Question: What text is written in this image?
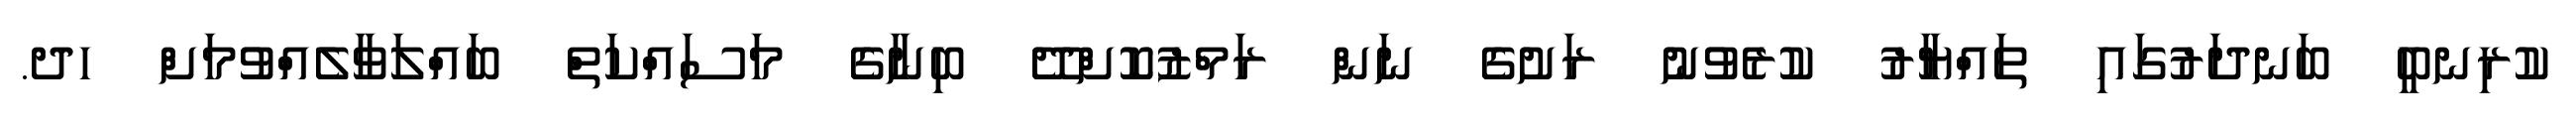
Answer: ކުރިނބީ ބަނދަރުގައި ތައްޔާރު ކުރެވުނު ރަށުގެ ނަން ރަމްޒުކޮށްދޭ ބިނާގެ މަސައްކަތް ބައްލަވާލެއްވުމަށް ހދ.